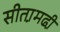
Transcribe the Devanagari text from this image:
सीता़मढी़